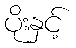
ပိုးနှင့်